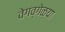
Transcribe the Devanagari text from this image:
वेगव्गेळ्या